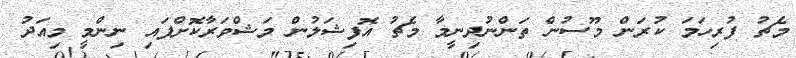
މެޗު ފުރިހަމަ ކުރަން މޫސުން ތަންނުދިނީމާ މެޗު އޮފިޝަލުން މަޝްވަރާކޮށްފައި ނިންމީ މިއަދު